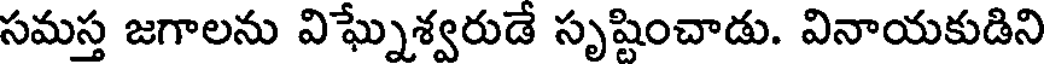
సమస్త జగాలను విఘ్నేశ్వరుడే సృష్టించాడు. వినాయకుడిని